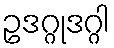
ဥဒဂ္ဂုဒဂ္ဂါ